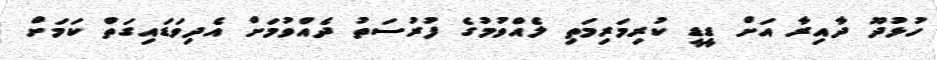
ހުޅުދޫ ދާއިރާ އަށް ޑީޑީ ކުރިމަރިމަތި ލެއްވުމުގެ ފުރުސަތު ދެއްވުމަށް އެދިވަޑައިގަތް ކަމަށް